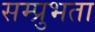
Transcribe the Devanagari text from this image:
सम्प्रुभता